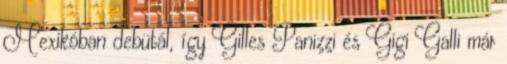
Mexikóban debütál, így Gilles Panizzi és Gigi Galli már